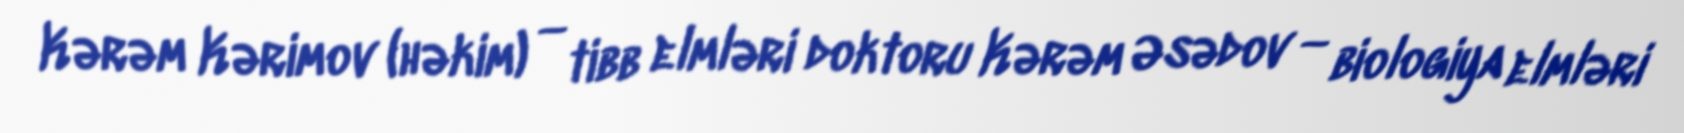
Kərəm Kərimov (həkim) — tibb elmləri doktoru Kərəm Əsədov — biologiya elmləri